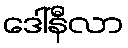
ဒေါ်နီလာ